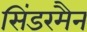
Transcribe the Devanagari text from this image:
सिंडरमैन